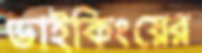
ভাইকিংয়ের